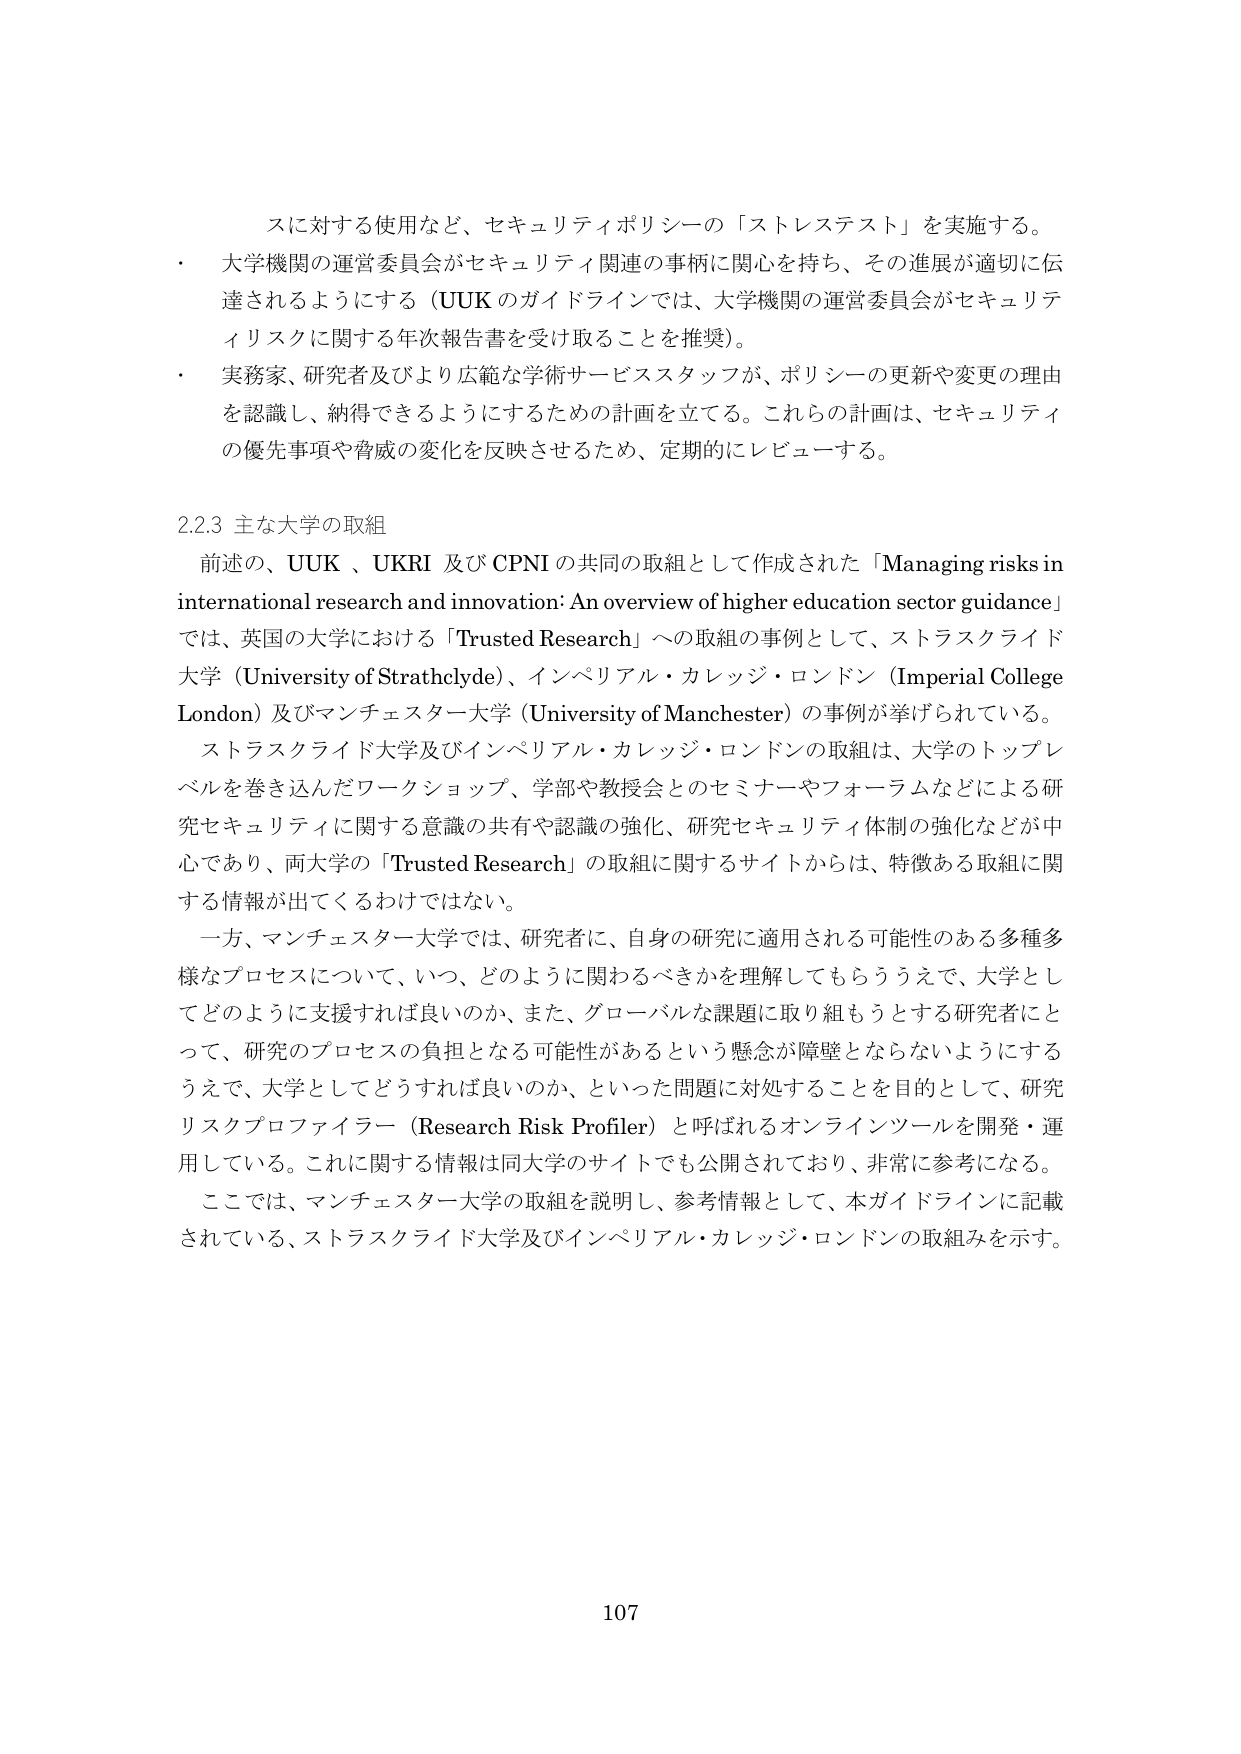
スに対する使用など、セキュリティポリシーの「ストレステスト」を実施する。
・ 大学機関の運営委員会がセキュリティ関連の事柄に関心を持ち、その進展が適切に伝達されるようにする（UUK のガイドラインでは、大学機関の運営委員会がセキュリティリスクに関する年次報告書を受け取ることを推奨）。
・ 実務家、研究者及びより広範な学術サービススタッフが、ポリシーの更新や変更の理由を認識し、納得できるようにするための計画を立てる。これらの計画は、セキュリティの優先事項や脅威の変化を反映させるため、定期的にレビューする。

2.2.3 主な大学の取組
前述の、UUK、UKRI 及び CPNI の共同の取組として作成された「Managing risks in international research and innovation: An overview of higher education sector guidance」では、英国の大学における「Trusted Research」への取組の事例として、ストラスクライド大学（University of Strathclyde）、インペリアル・カレッジ・ロンドン（Imperial College London）及びマンチェスター大学（University of Manchester）の事例が挙げられている。
ストラスクライド大学及びインペリアル・カレッジ・ロンドンの取組は、大学のトップレベルを巻き込んだワークショップ、学部や教授会とのセミナーやフォーラムなどによる研究セキュリティに関する意識の共有や認識の強化、研究セキュリティ体制の強化などが中心であり、両大学の「Trusted Research」の取組に関するサイトからは、特徴ある取組に関する情報が出てくるわけではない。
一方、マンチェスター大学では、研究者に、自身の研究に適用される可能性のある多種多様なプロセスについて、いつ、どのように関わるべきかを理解してもらううえで、大学としてどのように支援すれば良いのか、また、グローバルな課題に取り組もうとする研究者にとって、研究のプロセスの負担となる可能性があるという懸念が障壁とならないようにするうえで、大学としてどうすれば良いのか、といった問題に対処することを目的として、研究リスクプロファイラー（Research Risk Profiler）と呼ばれるオンラインツールを開発・運用している。これに関する情報は同大学のサイトでも公開されており、非常に参考になる。
ここでは、マンチェスター大学の取組を説明し、参考情報として、本ガイドラインに記載されている、ストラスクライド大学及びインペリアル・カレッジ・ロンドンの取組みを示す。

107